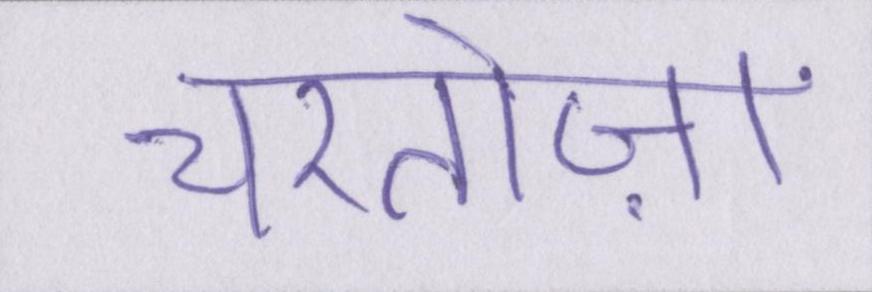
चरतोज़ा